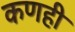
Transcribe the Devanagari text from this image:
कणही